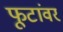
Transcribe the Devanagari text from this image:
फूटांवर